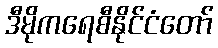
ဒီမိုကရေစီနိုင်ငံတော်